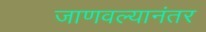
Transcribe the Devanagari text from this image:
जाणवल्यानंतर